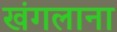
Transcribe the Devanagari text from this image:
खंगलाना